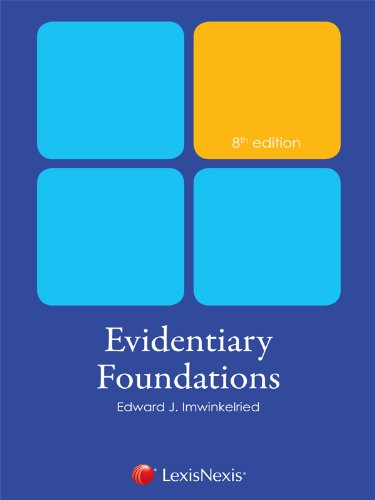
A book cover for Evidentiary Foundations; Edward J. Imwinkelried; Law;